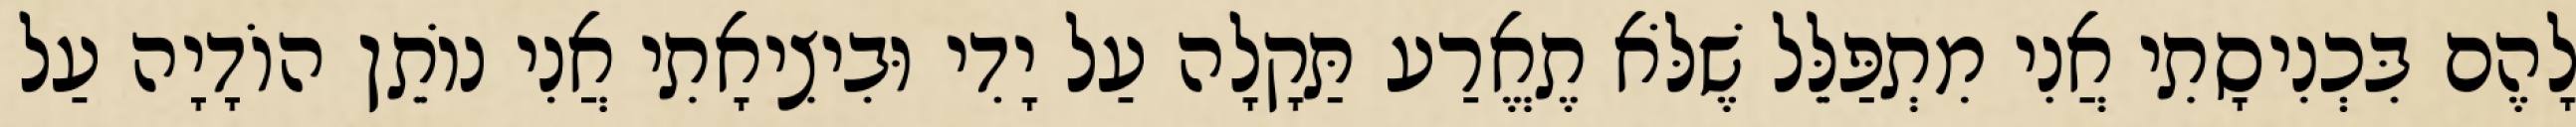
לָהֶם בִּכְנִיסָתִי אֲנִי מִתְפַּלֵּל שֶׁלֹּא תֶאֱרַע תַּקָלָה עַל יָדִי וּבִיצִיאָתִי אֲנִי נוֹתֵן הוֹדָיָה עַל